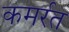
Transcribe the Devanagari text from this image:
कमर्रत